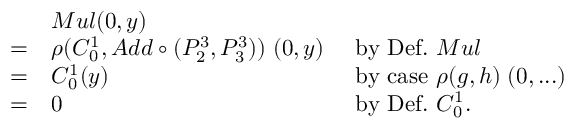
{ \begin{array} { l l l } & { M u l ( 0 , y ) } \\ { = } & { \rho ( C _ { 0 } ^ { 1 } , A d d \circ ( P _ { 2 } ^ { 3 } , P _ { 3 } ^ { 3 } ) ) \; ( 0 , y ) } & { { \mathrm { ~ b y ~ D e f . ~ } } M u l } \\ { = } & { C _ { 0 } ^ { 1 } ( y ) } & { { \mathrm { ~ b y ~ c a s e ~ } } \rho ( g , h ) \; ( 0 , . . . ) } \\ { = } & { 0 } & { { \mathrm { ~ b y ~ D e f . ~ } } C _ { 0 } ^ { 1 } . } \end{array} }